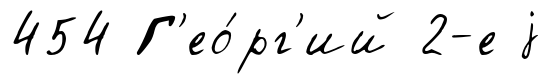
454 Г'ео́рг'ий 2-е j